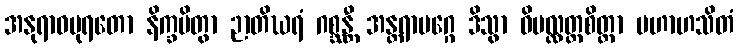
အနုရာဓပုရတော နိက္ခမိတွာ ဉာတိဃရံ ဂစ္ဆန္တီ အန္တရာမဂ္ဂေ ဒိသွာ ဝိပလ္လတ္ထစိတ္တာ မဟာဟသိတံ